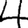
Digit: 4